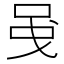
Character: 𠲁